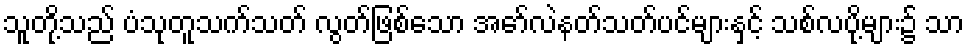
သူတို့သည် ပံသုတူသက်သတ် လွတ်ဖြစ်သော အော်လဲနတ်သတ်ပင်များနှင့် သစ်လပို့များ၌ သာ